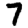
Digit: 7